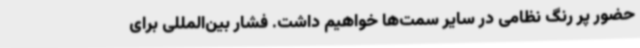
حضور پر رنگ نظامی در سایر سمت‌ها خواهیم داشت. فشار بین‌المللی برای